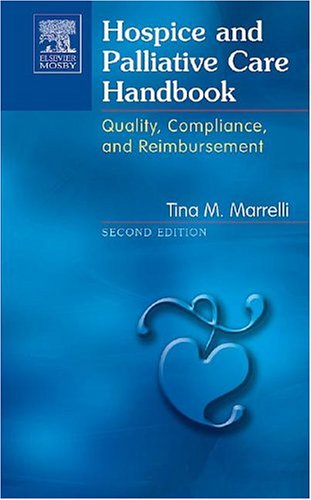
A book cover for Hospice and Palliative Care Handbook: Quality, Compliance and Reimbursement, 2e; Tina M. Marrelli MSN  MA  RN; Medical Books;